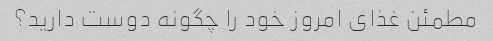
مطمئن غذای امروز خود را چگونه دوست دارید؟